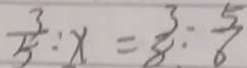
\frac { 3 } { 5 } : x = \frac { 3 } { 8 } : \frac { 5 } { 6 }